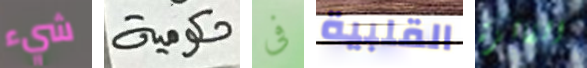
شيء حكومية فى القلبية الفائزة